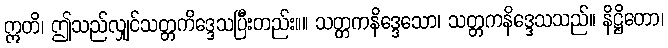
ဣတိ၊ ဤသည်လျှင်သတ္တကိဒ္ဒေသပြီးတည်း။။ သတ္တကနိဒ္ဒေသော၊ သတ္တကနိဒ္ဒေသသည်။ နိဋ္ဌိတော၊